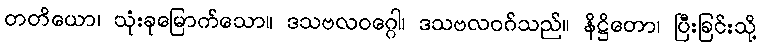
တတိယော၊ သုံးခုမြောက်သော။ ဒသဗလဝဂ္ဂေါ၊ ဒသဗလဝဂ်သည်။ နိဋ္ဌိတော၊ ပြီးခြင်းသို့